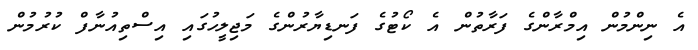
އެ ނިންމުން އިމްރާންގެ ފަރާތުން އެ ކޯޓުގެ ފަނޑިޔާރުންގެ މަޖިލީހުގައި އިސްތިއުނާފް ކުރުމުން